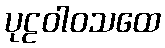
ပုဠဝါဝသထေ